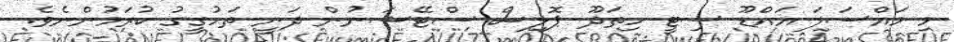
މި މައްސަލަ އައްޑޫ ސިޓީ ހިތަދޫ ޕޮލިސް ސްޓޭޝަނުން ދަނީ ތަހުގީގު ކުރަމުންނެވެ.